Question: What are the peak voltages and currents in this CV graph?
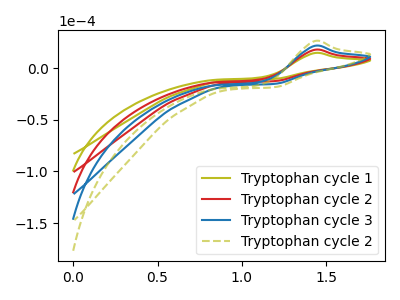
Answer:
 <answer>The olive curve "Tryptophan cycle 1" has an anodic peak at: (1.45V, 14.85uA). The red curve "Tryptophan cycle 2" has an anodic peak at: (1.45V, 18.00uA). The blue curve "Tryptophan cycle 3" has an anodic peak at: (1.45V, 36.00uA). The olive dashed curve "Tryptophan cycle 2" has an anodic peak at: (1.45V, 54.00uA).</answer>
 <eval></eval>